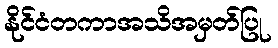
နိုင်ငံတကာအသိအမှတ်ပြု